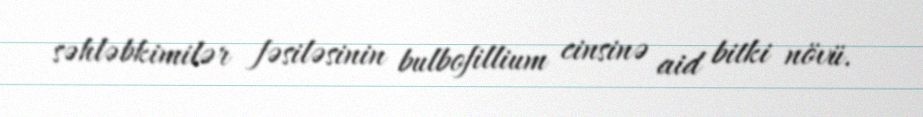
səhləbkimilər fəsiləsinin bulbofillium cinsinə aid bitki növü.